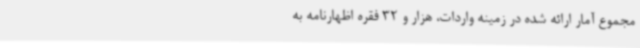
مجموع آمار ارائه شده در زمینه واردات، هزار و 32 فقره اظهارنامه به